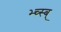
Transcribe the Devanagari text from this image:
भ्च्स्ब्